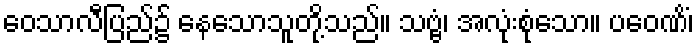
ဝေသာလီပြည်၌ နေသောသူတို့သည်။ သဗ္ဗံ၊ အလုံးစုံသော။ ပဝေဏိံ၊